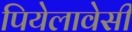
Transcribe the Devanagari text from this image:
पियेलावेसी